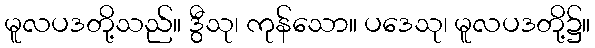
မူလပဒတို့သည်။ ဒွီသု၊ ကုန်သော။ ပဒေသု၊ မူလပဒတို့၌။